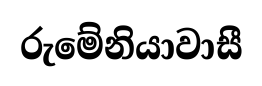
රුමේනියාවාසී